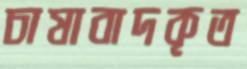
চাষাবাদকৃত